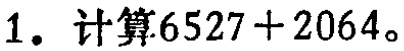
1. 计算\(6527 + 2064\)。